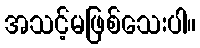
အသင့်မဖြစ်သေးပါ။